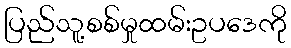
ပြည်သူ့စစ်မှုထမ်းဥပဒေကို